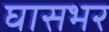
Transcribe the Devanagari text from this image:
घासभर